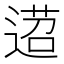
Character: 𨔴